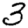
Digit: 3